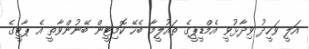
އަލީ ވަހީދު ވިދާޅުވީ އެމްޑީޕީގެ ތައުލީމާ ބެހޭ ކޮމިޓީން ބޭނުންވާތީ އެ ޕާޓީގެ